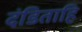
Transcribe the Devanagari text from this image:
दंडिताहि